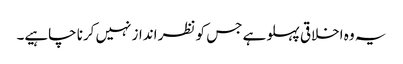
یہ وہ اخلاقی پہلو ہے جس کو نظر انداز نہیں کرنا چاہیے۔